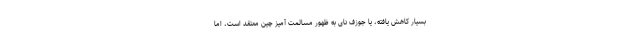
بسیار کاهش یافته، یا جوزف نای به ظهور مسالمت آمیز چین معتقد است، اما